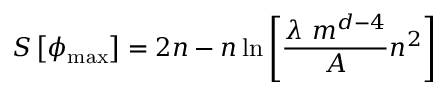
S \left[ \phi _ { \mathrm { m a x } } \right] = 2 n - n \ln { \left[ { \frac { \lambda \ m ^ { d - 4 } } { A } } n ^ { 2 } \right] }